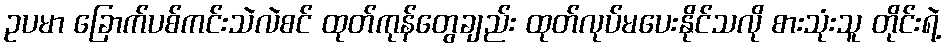
ဥပမာ ခြောက်ပစ်ကင်းသဲလဲစင် ထုတ်ကုန်တွေချည်း ထုတ်လုပ်မပေးနိုင်သလို စားသုံးသူ တိုင်းရဲ့